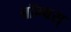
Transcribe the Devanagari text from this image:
बॉम्बस्